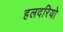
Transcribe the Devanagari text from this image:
हलदरियो